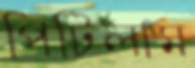
পিটিলাম